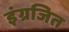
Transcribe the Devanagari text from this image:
इंग्रजित